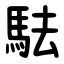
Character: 䮃